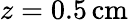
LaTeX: z=0.5\, \mathrm{cm}